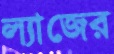
ল্যাজের